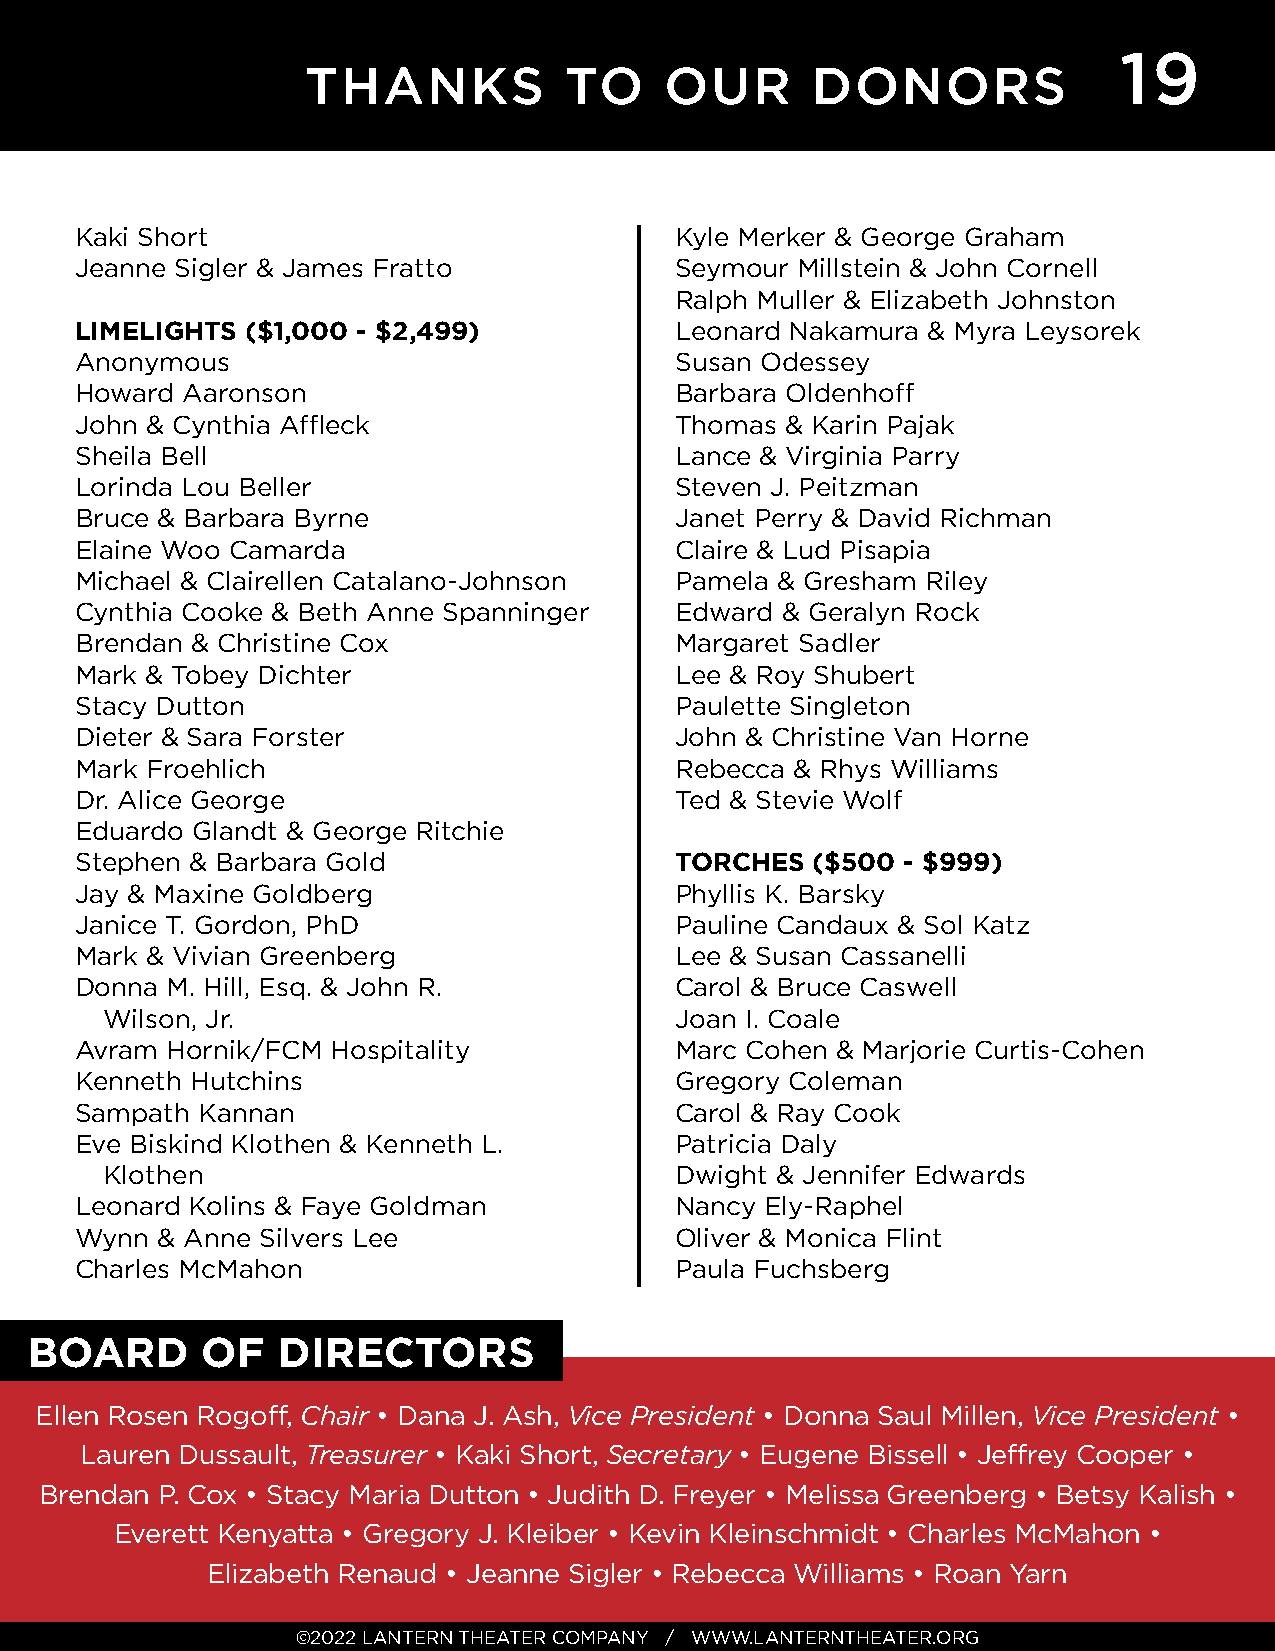
19
 THANKS           TO     OUR       DONORS
 Kaki Short                              Kyle Merker & George Graham
 Jeanne Sigler & James Fratto            Seymour Millstein & John Cornell
 Ralph Muller & Elizabeth Johnston
 LIMELIGHTS ($1,000 - $2,499)            Leonard Nakamura & Myra Leysorek
 Anonymous                               Susan Odessey
 Howard Aaronson                         Barbara Oldenhoff
 John & Cynthia Affl eck                 Thomas & Karin Pajak
 Sheila Bell                             Lance & Virginia Parry
 Lorinda Lou Beller                      Steven J. Peitzman
 Bruce & Barbara Byrne                   Janet Perry & David Richman
 Elaine Woo Camarda                      Claire & Lud Pisapia
 Michael & Clairellen Catalano-Johnson   Pamela & Gresham Riley
 Cynthia Cooke & Beth Anne Spanninger    Edward & Geralyn Rock
 Brendan & Christine Cox                 Margaret Sadler
 Mark & Tobey Dichter                    Lee & Roy Shubert
 Stacy Dutton                            Paulette Singleton
 Dieter & Sara Forster                   John & Christine Van Horne
 Mark Froehlich                          Rebecca & Rhys Williams
 Dr. Alice George                        Ted & Stevie Wolf
 Eduardo Glandt & George Ritchie
 Stephen & Barbara Gold                  TORCHES  ($500 - $999)
 Jay & Maxine Goldberg                   Phyllis K. Barsky
 Janice T. Gordon, PhD                   Pauline Candaux & Sol Katz
 Mark & Vivian Greenberg                 Lee & Susan Cassanelli
 Donna M. Hill, Esq. & John R.           Carol & Bruce Caswell
 Wilson, Jr.                           Joan I. Coale
 Avram Hornik/FCM Hospitality            Marc Cohen & Marjorie Curtis-Cohen
 Kenneth Hutchins                        Gregory Coleman
 Sampath Kannan                          Carol & Ray Cook
 Eve Biskind Klothen & Kenneth L.        Patricia Daly
 Klothen                               Dwight & Jennifer Edwards
 Leonard Kolins & Faye Goldman           Nancy Ely-Raphel
 Wynn & Anne Silvers Lee                 Oliver & Monica Flint
 Charles McMahon                         Paula Fuchsberg
 BOARD      OF   DIRECTORS
 Ellen Rosen Rogoff , Chair • Dana J. Ash, Vice President • Donna Saul Millen, Vice President •
 Lauren Dussault, Treasurer • Kaki Short, Secretary • Eugene Bissell • Jeff rey Cooper •
 Brendan P. Cox • Stacy Maria Dutton • Judith D. Freyer • Melissa Greenberg • Betsy Kalish •
 Everett Kenyatta • Gregory J. Kleiber • Kevin Kleinschmidt • Charles McMahon •
 Elizabeth Renaud • Jeanne Sigler • Rebecca Williams • Roan Yarn
 ©2022 LANTERN THEATER COMPANY / WWW.LANTERNTHEATER.ORG